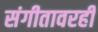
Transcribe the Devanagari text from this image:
संगीतावरही